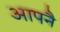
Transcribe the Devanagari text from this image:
आपनै